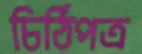
চিঠিপত্র